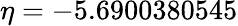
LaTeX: \eta=-5.6900380545